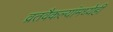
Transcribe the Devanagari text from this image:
व्रतवैकल्यांमध्येही